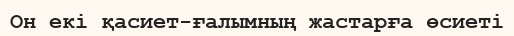
Он екі қасиет-ғалымның жастарға өсиеті